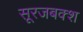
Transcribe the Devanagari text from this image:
सूरजबक्श